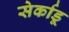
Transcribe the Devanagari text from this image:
सेर्काडू